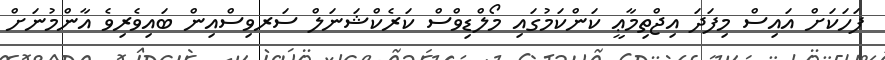
ފަހަކަށް އައިސް މިފަދަ އިޖްތިމާޢީ ކަންކަމުގައި މޯލްޑިވްސް ކަރެކްޝަނަލް ސަރވިސްއިން ބައިވެރިވެ އާންމުނަށް